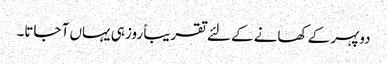
دوپہر کے کھانے کے لئے تقریباً روز ہی یہاں آ جاتا۔